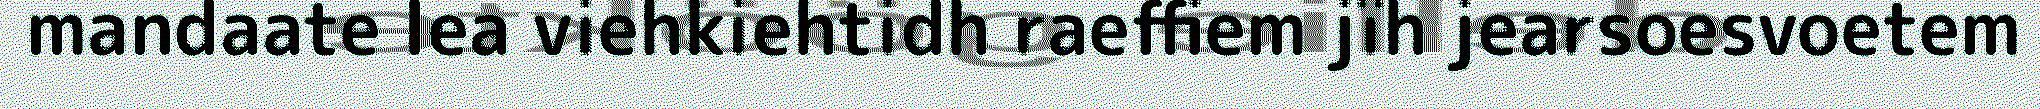
mandaate lea viehkiehtidh raeffiem jïh jearsoesvoetem